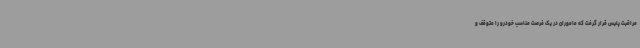
مراقبت پلیس قرار گرفت که ماموران در یک فرصت مناسب خودرو را متوقف و